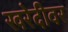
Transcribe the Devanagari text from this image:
खरेदीवर